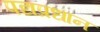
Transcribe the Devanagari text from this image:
पद्यप्रधान